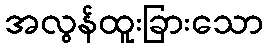
အလွန်ထူးခြားသော